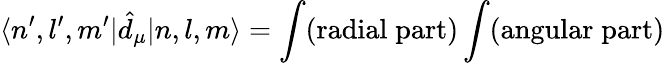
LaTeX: \langle n^{\prime},l^{\prime},m^{\prime}|\hat{d}_{\mu}|n,l,m\rangle=\int(\mathrm{radial\; part)\int(\mathrm{angular\; part)}}